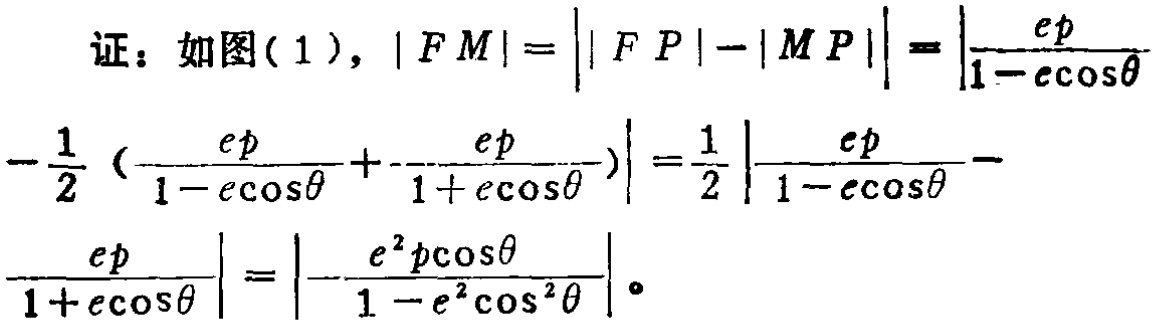
证：如图(1), \(|FM|=\left||FP|-|MP|\right|=\left|\frac{ep}{1 - e\cos\theta}-\frac{1}{2}(\frac{ep}{1 - e\cos\theta}+\frac{ep}{1 + e\cos\theta})\right|=\frac{1}{2}\left|\frac{ep}{1 - e\cos\theta}-\frac{ep}{1 + e\cos\theta}\right|=\left|-\frac{e^{2}p\cos\theta}{1 - e^{2}\cos^{2}\theta}\right|\)